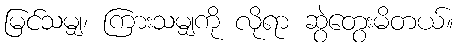
မြင်သမျှ၊ ကြားသမျှကို လိုရာ ဆွဲတွေးမိတယ်။